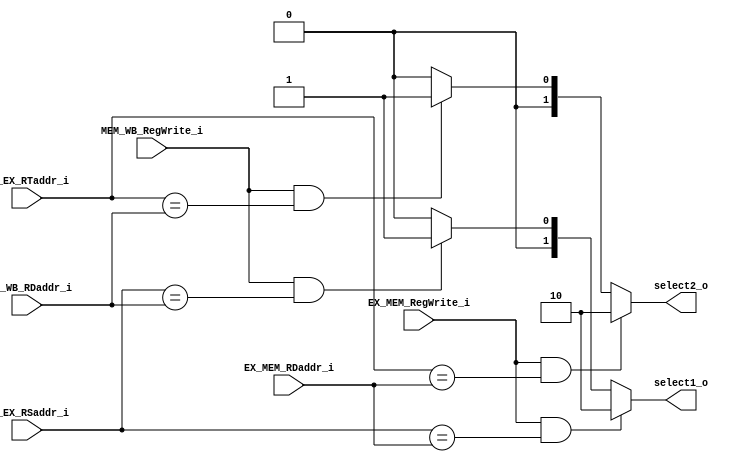
module Forward
(
	ID_EX_RSaddr_i,
	ID_EX_RTaddr_i,
	EX_MEM_RDaddr_i,
	MEM_WB_RDaddr_i,
	EX_MEM_RegWrite_i,
	MEM_WB_RegWrite_i,
	select1_o,
	select2_o
);

input  [4 : 0]  ID_EX_RSaddr_i;
input  [4 : 0]  ID_EX_RTaddr_i;
input  [4 : 0]  EX_MEM_RDaddr_i;
input  [4 : 0]  MEM_WB_RDaddr_i;
input           EX_MEM_RegWrite_i;
input           MEM_WB_RegWrite_i;
output [1 : 0]  select1_o;
output [1 : 0]  select2_o;

reg    [1 : 0]  select1_reg;
reg    [1 : 0]  select2_reg;

assign select1_o = select1_reg;
assign select2_o = select2_reg;

always @(ID_EX_RSaddr_i or ID_EX_RTaddr_i or EX_MEM_RDaddr_i or MEM_WB_RDaddr_i or EX_MEM_RegWrite_i or MEM_WB_RegWrite_i)
begin
	if (EX_MEM_RegWrite_i && ID_EX_RSaddr_i == EX_MEM_RDaddr_i)
	begin
	select1_reg = 2'b10;
	end
	else if (MEM_WB_RegWrite_i && ID_EX_RSaddr_i == MEM_WB_RDaddr_i)
	begin
	select1_reg = 2'b01;
	end
	else
	begin
	select1_reg = 2'b00;
	end

	if (EX_MEM_RegWrite_i && ID_EX_RTaddr_i == EX_MEM_RDaddr_i)
	begin
	select2_reg = 2'b10;
	end
	else if (MEM_WB_RegWrite_i && ID_EX_RTaddr_i == MEM_WB_RDaddr_i)
	begin
	select2_reg = 2'b01;
	end
	else
	begin
	select2_reg = 2'b00;
	end
end

endmodule